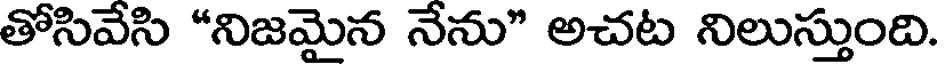
తోసివేసి "నిజమైన నేను" అచట నిలుస్తుంది.